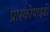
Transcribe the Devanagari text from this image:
प्रास्कोपाइडी